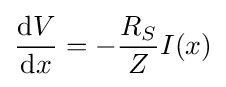
{\frac {\mathrm {d} V}{\mathrm {d} x}}=-{\frac {R_{S}}{Z}}I(x)